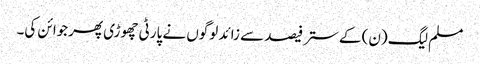
مسلم لیگ (ن) کے ستر فیصد سے زائد لوگوں نے پارٹی چھوڑی پھرجوائن کی۔